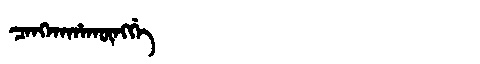
Manchu: ᠴᠠᠩᡴᠠᡥᠠᡴᡡᠩᡤᡝ
Romanization: CANGKAHAKŪNGGE